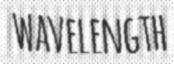
WAVELENGTH